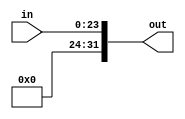
module pc_sign_extend(in, out);
input [23:0] in;
output [31:0] out;
wire bit = 0;
assign out = {{8 {bit}}, in};
endmodule